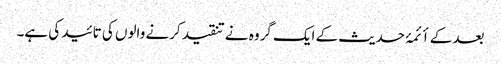
بعد کے أئمۂ حدیث کے ایک گروہ نے تنقید کرنے والوں کی تائید کی ہے۔